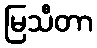
မြသီတာ